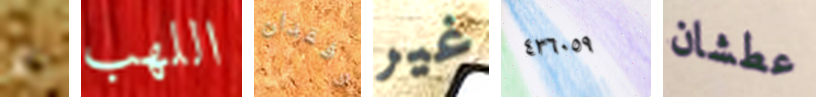
لا اللهب وفقدان غير ٤٣٦٠٥٩ عطشان